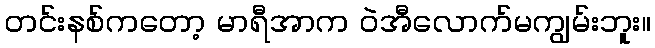
တင်းနစ်ကတော့ မာရီအာက ဝဲအီလောက်မကျွမ်းဘူး။